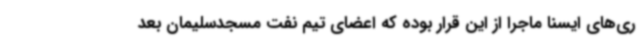
ری‌های ایسنا ماجرا از این قرار بوده که اعضای تیم نفت مسجدسلیمان بعد